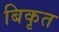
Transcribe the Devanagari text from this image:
बिकृत